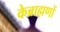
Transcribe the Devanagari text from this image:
केब्राह्मणों